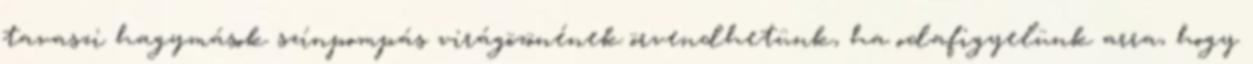
tavaszi hagymások színpompás virágözönének örvendhetünk, ha odafigyelünk arra, hogy